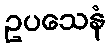
ဥပသေနံ